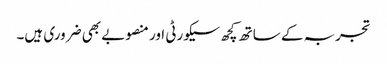
تجربہ کے ساتھ کچھ سیکورٹی اور منصوبے بھی ضروری ہیں۔